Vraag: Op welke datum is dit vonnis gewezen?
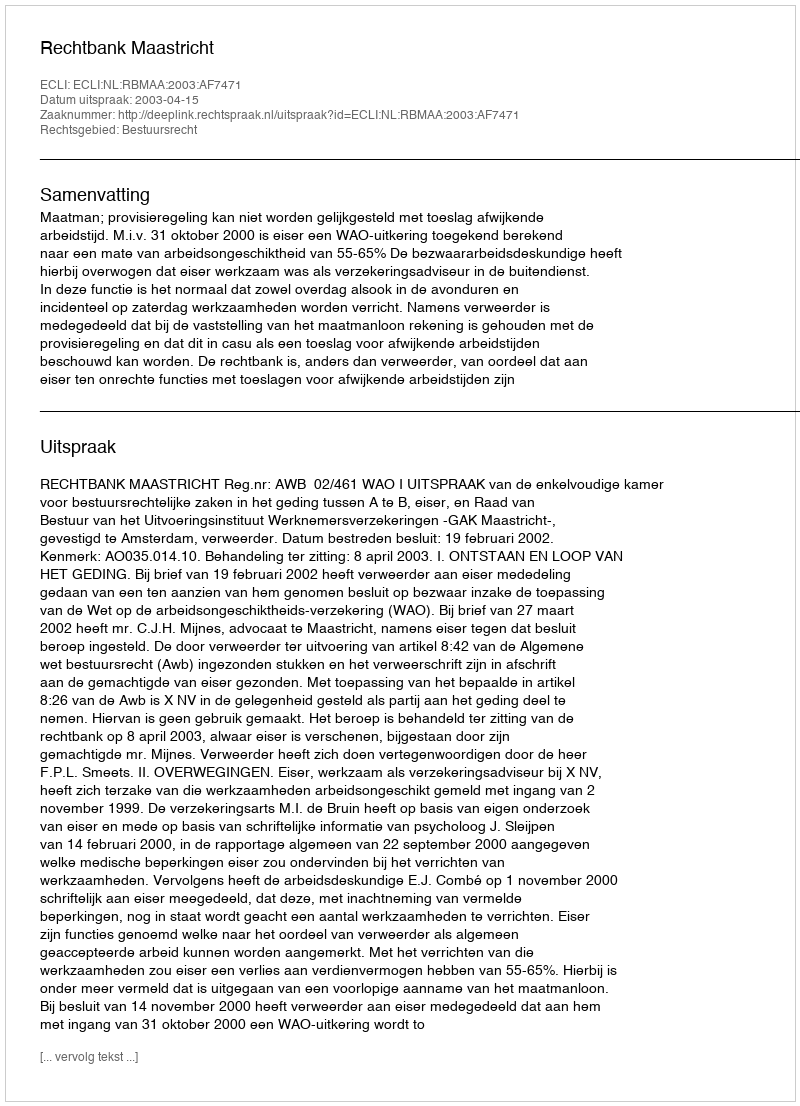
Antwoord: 2003-04-15